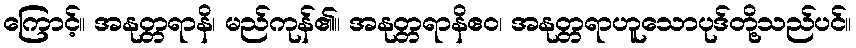
ကြောင့်။ အနုတ္တရာနိ၊ မည်ကုန်၏။ အနုတ္တရာနိဧဝ၊ အနုတ္တရာဟူသောပုဒ်တို့သည်ပင်။